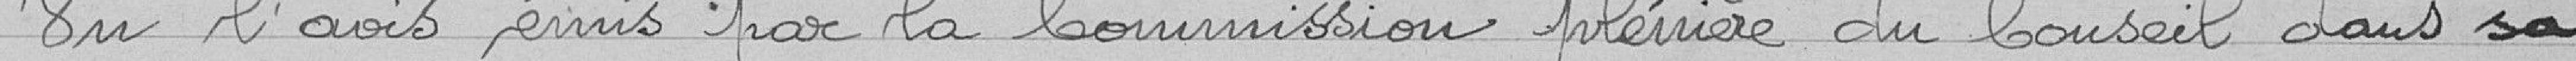
Vu l'avis émis par la Commission plénière du Conseil dans sa